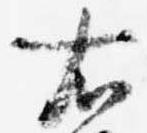
右